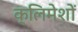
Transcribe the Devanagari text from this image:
क्लिमेशों